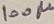
Text: 100µ